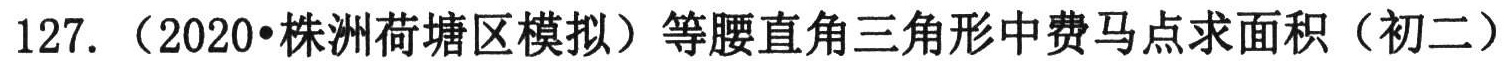
127.（2020•株洲荷塘区模拟）等腰直角三角形中费马点求面积（初二）